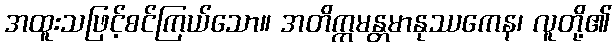
အထူးသဖြင့်စင်ကြယ်သော။ အတိက္ကမန္တမာနုဿကေန၊ လူတို့၏